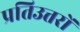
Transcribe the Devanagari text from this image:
प्रतिउत्तरों